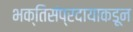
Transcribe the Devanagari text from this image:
भक्तिसंप्रदायाकडून